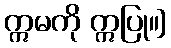
ဣမကို ဣပြု။]